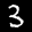
Label: 3